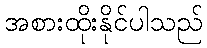
အစားထိုးနိုင်ပါသည်